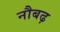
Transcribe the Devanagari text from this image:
नौबढ़